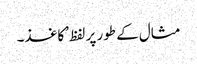
مثال کے طور پر لفظ ’کاغذ۔